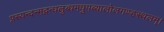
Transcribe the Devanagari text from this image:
प्रस्यन्दन्मद्गन्धलुब्धमधुपब्यालोलगण्डस्थलम्।